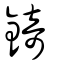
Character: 錡